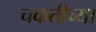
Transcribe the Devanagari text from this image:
चकतीच्या